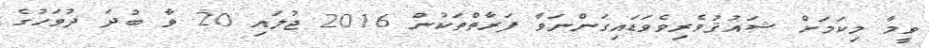
ވީމާ މިކަމަށް ޝައުޤުވެރިވެވަޑައިގަންނަވާ ފަރާތްތަކުން 2016 ޖުލައި 20 ވާ ބުދަ ދުވަހުގެ